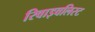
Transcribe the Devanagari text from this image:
रिवाइवलिस्ट